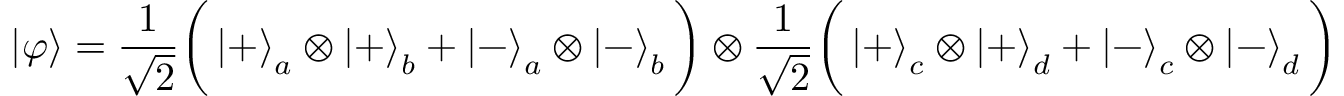
\left| \varphi \right\rangle = { \frac { 1 } { \sqrt { 2 } } } { \bigg ( } \left| + \right\rangle _ { a } \otimes \left| + \right\rangle _ { b } + \left| - \right\rangle _ { a } \otimes \left| - \right\rangle _ { b } { \bigg ) } \otimes { \frac { 1 } { \sqrt { 2 } } } { \bigg ( } \left| + \right\rangle _ { c } \otimes \left| + \right\rangle _ { d } + \left| - \right\rangle _ { c } \otimes \left| - \right\rangle _ { d } { \bigg ) }